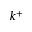
k ^ { + }